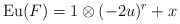
\begin{align*}\mathrm{Eu}(F) = 1 \otimes (-2u)^r + x\end{align*}